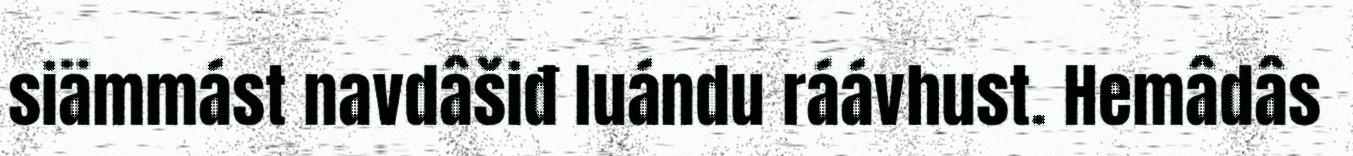
siämmást navdâšiđ luándu ráávhust. Hemâdâs